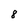
Character: 8